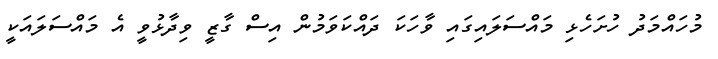
މުހައްމަދު ހުށަހެޅި މައްސަލައިގައި ވާހަކަ ދައްކަވަމުން އިސް ގާޒީ ވިދާޅުވީ އެ މައްސަލައަކީ